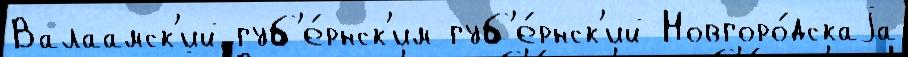
Валаамск'ий губ'е́рнск'им губ'е́рнск'ий Новгоро́дскаjа